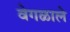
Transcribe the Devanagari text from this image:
वेगळाले